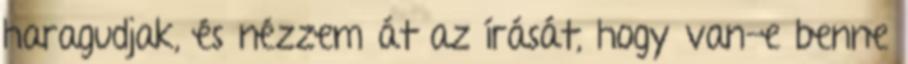
haragudjak, és nézzem át az írását, hogy van-e benne